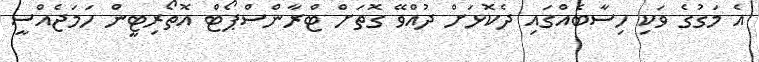
އެ މަގުގެ ވަކި ހިސާބެއްގައި ދެކޮޅަށް ދުއްވޭ ގޮތަށް ޓްރާންސްޕޯޓް އޮތޯރިޓީން ހަމަޖެއްސީ